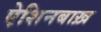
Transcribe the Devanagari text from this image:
ऐशिनबाख़